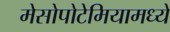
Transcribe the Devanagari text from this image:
मेसोपोटेमियामध्ये